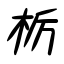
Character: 栃